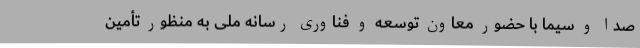
صدا و سیما با حضور معاون توسعه و فناوری رسانه ملی به منظور تأمین